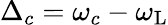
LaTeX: \Delta_{c}=\omega_{c}-\omega_{\mathrm{L}}